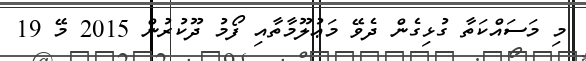
މި މަސައްކަތާ ގުޅިގެން ދެވޭ މަޢުލޫމާތާއި ފޯމު ދޫކުރުން 2015 މޭ 19